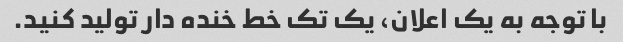
با توجه به یک اعلان، یک تک خط خنده دار تولید کنید.